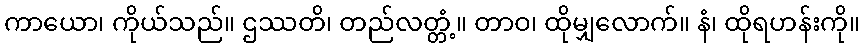
ကာယော၊ ကိုယ်သည်။ ဌဿတိ၊ တည်လတ္တံ့။ တာဝ၊ ထိုမျှလောက်။ နံ၊ ထိုရဟန်းကို။